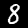
Digit: 8